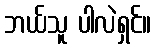
ဘယ်သူ ပါလဲရှင်။